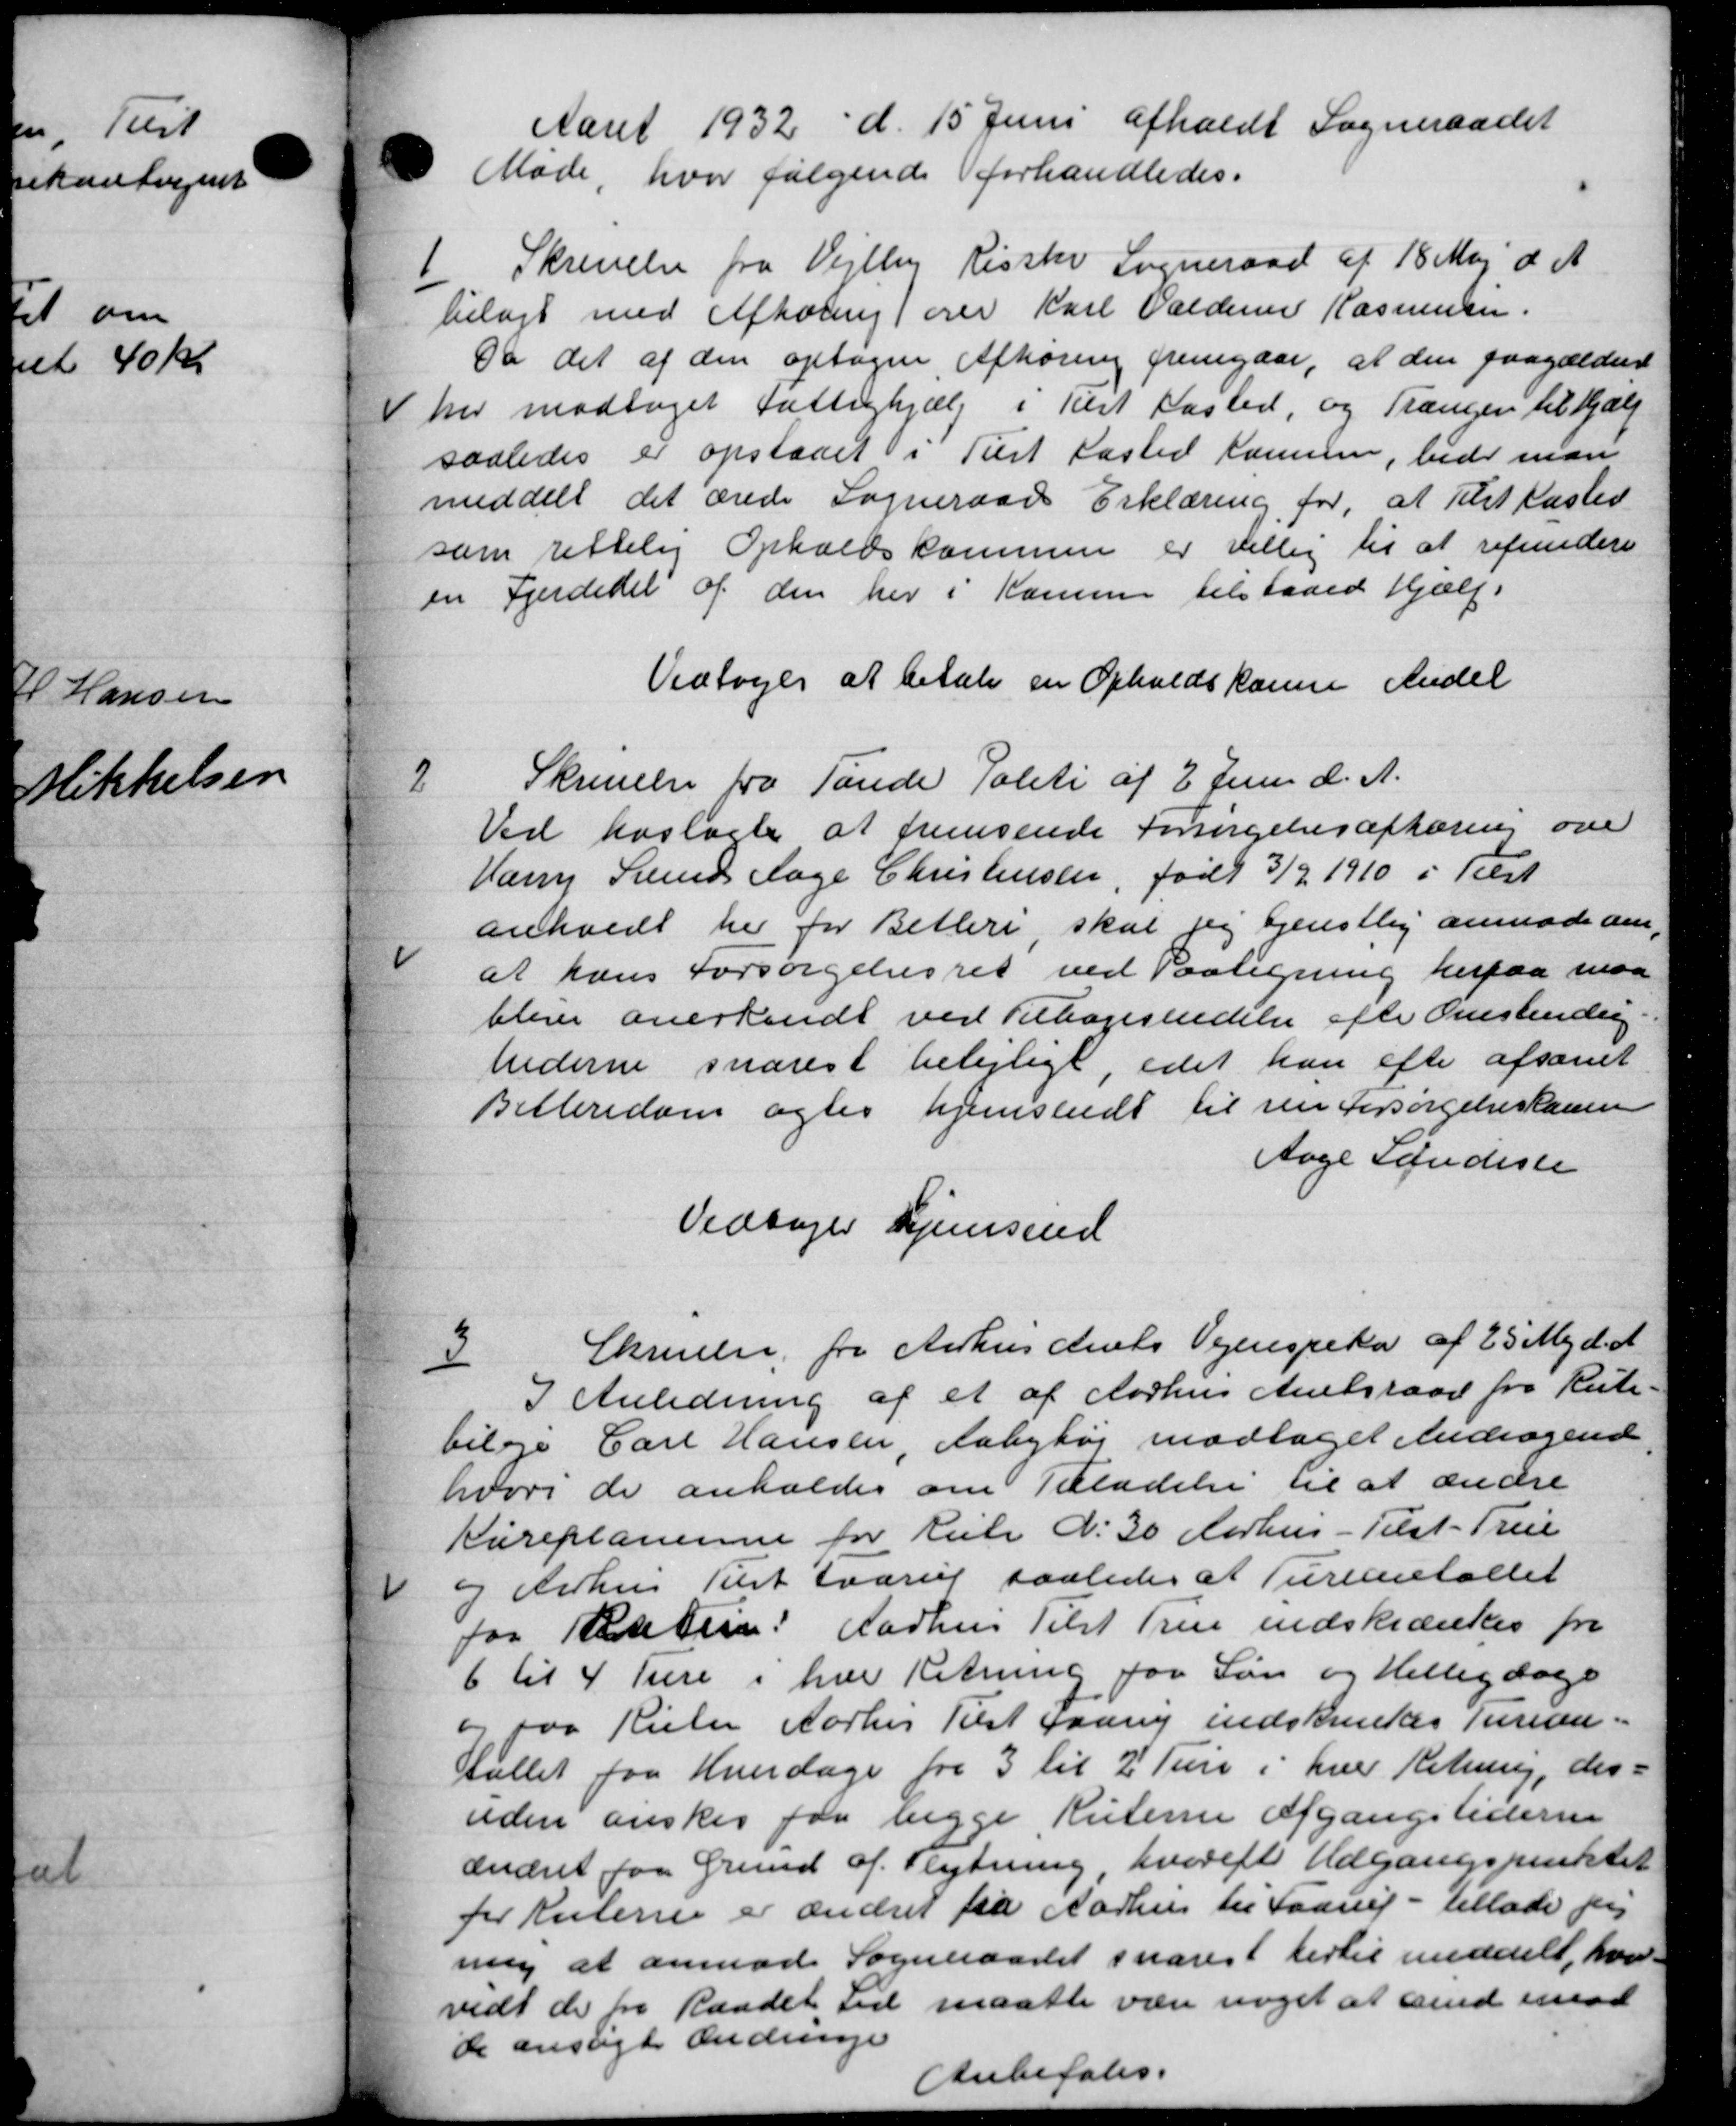
Transskription:
Aaret 1932 d. 15 Juni afholdt Sogneraadet
Møde, hvor følgende forhandledes.
1.
Skrivelse fra Vejlby Risske Sogneraad af 18 Maj d. A.
bilagt med Afhøring) over Karl Valdemar Rasmussen.
Da det af den optagne Afhøring fremgaar, at den paagældend
her modtaget Fattighjælp i Tilst Kasted, og Trængen til hjælp
saaledes er opstaaet i Tilst fasted Kammer, bede man
meddelt det ærede Sogneraads Erklæring for, at Tilst Kasted
som rettelig Opholdskommen er villig til at refundere
en Fjerdedel af den her i Komme tilstaaed Hjælp.
Vedtoges at betale en Opholdskomme Andel
2
Skrivelse fra Tande Politi af 2 Juni d. A.
Ved hoslagte at fremsende Forsørgelsesafhøring over
Hary Svend Aage Christensen, født 3/2 1910 i Tilst
anholdt her for Belleri skal jeg tjenstlig anmode om,
at hans Forsørgelsesret ved Paaligning herpaa maa
blive anerkendt ved Tilbagesendelse afte Ovestendig
hederne snarest belejligt, idet han efter afsonet
Billeredom agtes hjemsendt til sin Forsørgelseskassen
Aage Søndeste
Vedtoges hjemsend
3
Skrivelse fra Aarhus Amts Vejinspeka af 25 Maj d. A.
I Anledning af et af Aarhus Amtsraad fra Rute-
bilage Carl Hansen, Aabyhøj modtaget Andragende
hvori de anholdes om Tilladelse til at ændre
Kureplanerne for Kul N. 30 Aarhus - Tilst-True
I Aarhus Tulst Haarup saaledes at Turenetallet
for Resten: Aarhus Tilst Trene indskrænkes fra
6 til 4 Ture i har Retning for Løn og Helligdage
og paa Risler Aarhus Tilst gaar indskrivelses Turian-
allet fra Hverdage fra 3 til 2 Ture i hver Retning, der
uden ønskes for begge Ruterne afgangstiderne
ændret paa Grund af Flytning hvorefte Udgangspunktet
for Ruterne er ændret fra Aarhus til Faarup - tillade per
nig at anmode Sogneraadet snarest hertil meddelt, hvor-
vidt de fra Raadet Tid maatte være noget at end imod
de ansøgte Ændringe
Anbefales.